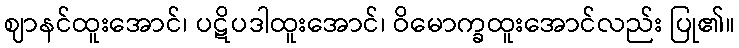
ဈာနင်ထူးအောင်၊ ပဋိပဒါထူးအောင်၊ ဝိမောက္ခထူးအောင်လည်း ပြု၏။